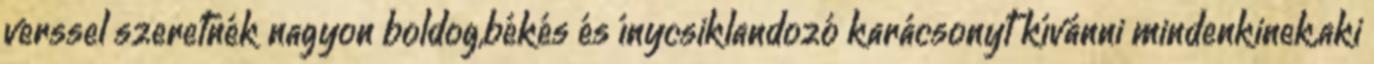
verssel szeretnék nagyon boldog,békés és ínycsiklandozó karácsonyt kívánni mindenkinek,aki